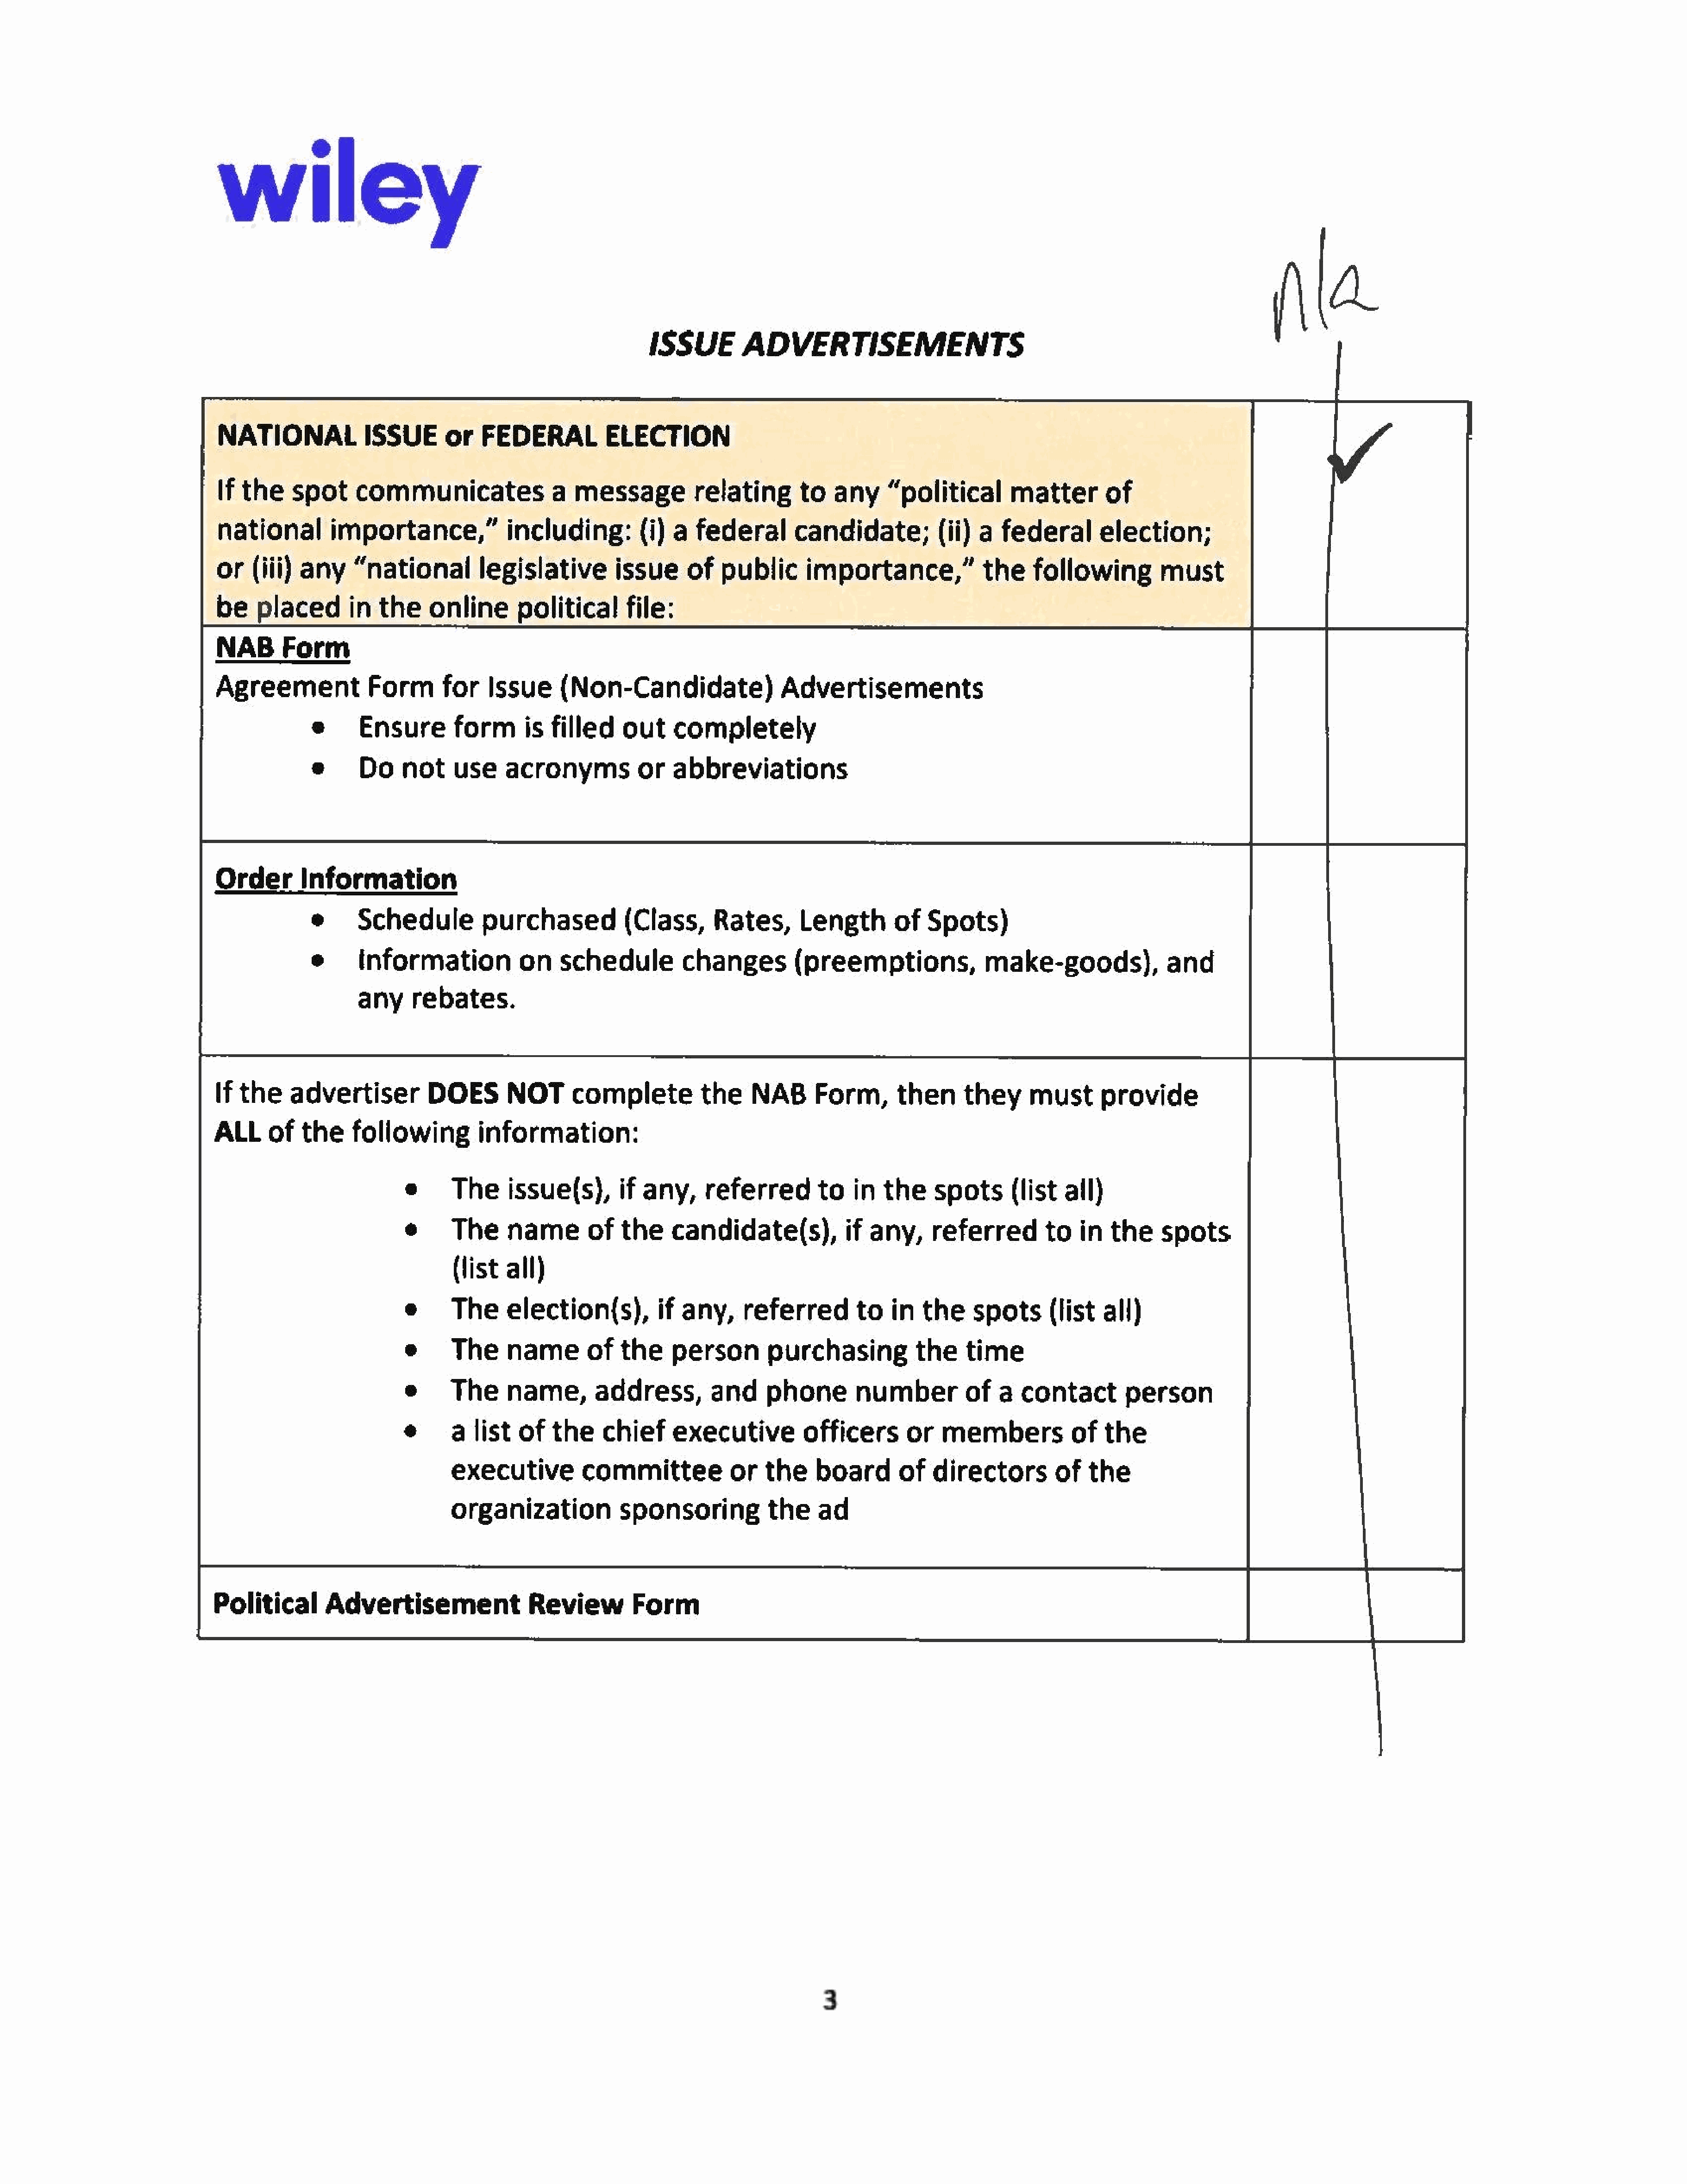
wiley
 ISSUE        ADVERTISEMENTS
 NATIONALISSUE                    or   FEDERAL           ELECTION
 If  the    spot     communicates                a  messagerelating                 to   any     “political        matter       of
 national        importance,”              including:(i)          a  federal        candidate;(ii)            a  federal       election;
 or(iii)     any     “nationallegislative                 issue     of   public      importance,”             the     following         must
 be    placedin         the    online       politicalfile:
 NAB      Form
 AgreementForm                   for    Issue     (Non-Candidate)                 Advertisements
 e      Ensure       formis        filled    out    completely
 e      Do    not    use    acronymsor              abbreviations
 Order    Information
 e     Schedule          purchased        (Class,         Rates,      Length        of   Spots)
 e     information            on    schedule          changes         (preemptions,              make-goods),              and
 any     rebates.
 If the     advertiser         DOES        NOT      complete          the     NAB      Form,then            they     must      provide
 ALLof       the    following          information:
 ©      Theissue(s),            if any,     referred        to   in  the     spots(list        all)
 ¢      The     nameofthe              candidate(s),            if any,     referred        to   in   the    spots
 (list  all)
 Theelection(s),              if any,     referred        to    in  the    spots(list         all)
 The     nameof          the    person        purchasing           the    time
 The      name,       address,         and     phone       numberofa               contact        person
 a  list  of   the    chief     executive          officers       or   membersof              the
 executive         committee            or   the     board       ofdirectors           of   the
 organization            sponsoring           the    ad
 Political       Advertisement                Review         Form                                                                                    FL
 eeee